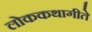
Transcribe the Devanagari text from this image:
लोककथागीते